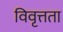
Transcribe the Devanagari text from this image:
विवृत्तता